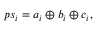
p s _ { i } = a _ { i } \oplus b _ { i } \oplus c _ { i } ,